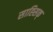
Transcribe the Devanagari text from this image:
साह्सिक्